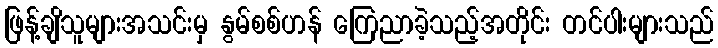
ဖြန့်ချိသူများအသင်းမှ နွမ်စစ်ဟန် ကြေညာခဲ့သည့်အတိုင်း တင်ပါးများသည်